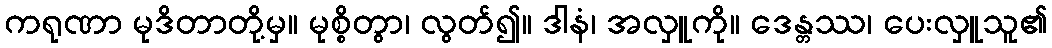
ကရုဏာ မုဒိတာတို့မှ။ မုစ္စိတွာ၊ လွတ်၍။ ဒါနံ၊ အလှူကို။ ဒေန္တဿ၊ ပေးလှူသူ၏